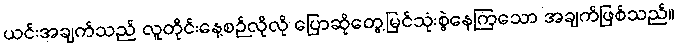
ယင်းအချက်သည် လူတိုင်းနေ့စဉ်လိုလို ပြောဆိုတွေ့မြင်သုံးစွဲနေကြသော အချက်ဖြစ်သည်။